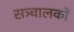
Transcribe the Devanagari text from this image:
सञ्चालकों